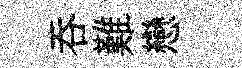
呑難戀